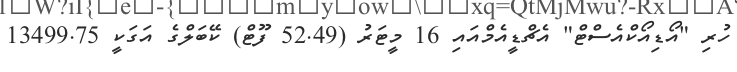
ހުރި "އޯޑިއޯކްއެސްޓް" އެޗްޑީއެމްއައި 16 މީޓަރު (52.49 ފޫޓް) ކޭބަލްގެ އަގަކީ 13499.75